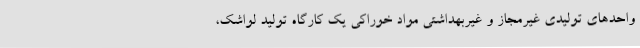
واحدهای تولیدی غیرمجاز و غیربهداشتی مواد خوراکی یک کارگاه تولید لواشک،